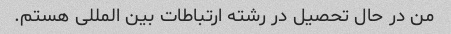
من در حال تحصیل در رشته ارتباطات بین المللی هستم.